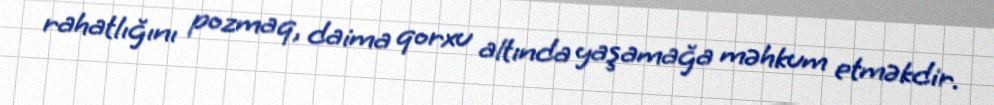
rahatlığını pozmaq, daima qorxu altında yaşamağa məhkum etməkdir.